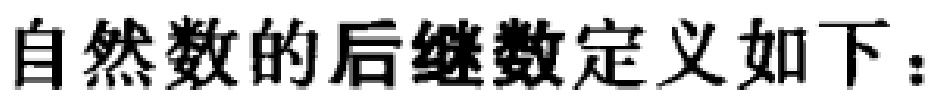
自然数的后继数定义如下：